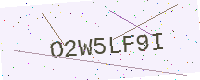
Text: O2W5LF9I